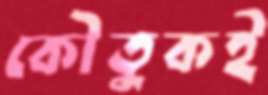
কৌতুকই